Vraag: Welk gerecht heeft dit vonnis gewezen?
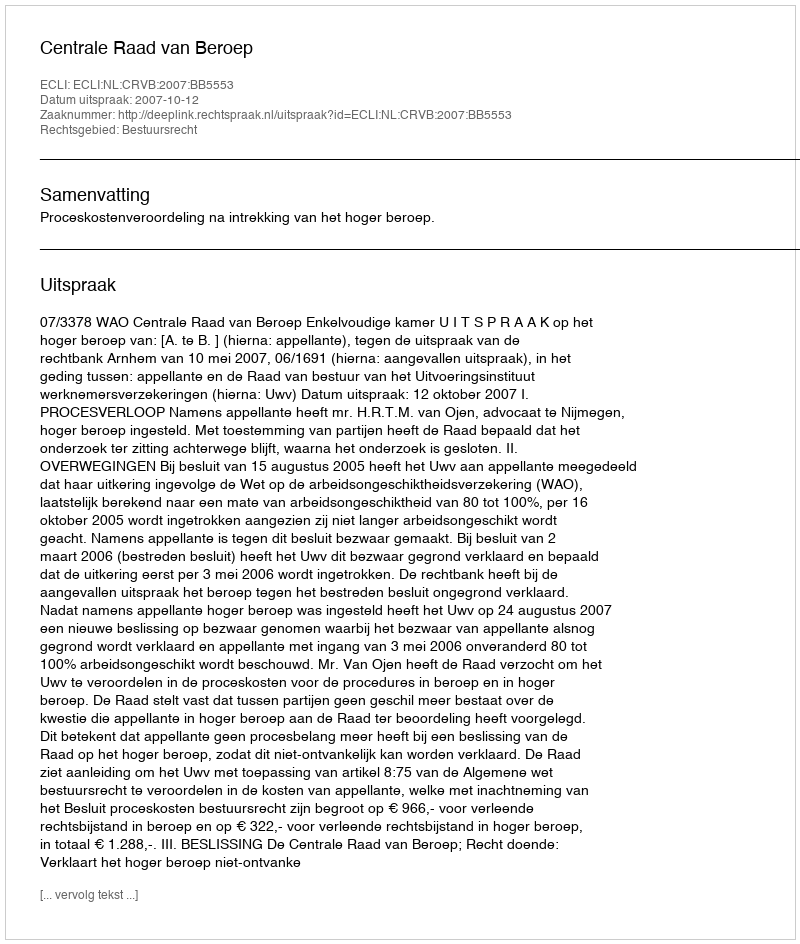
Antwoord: Centrale Raad van Beroep